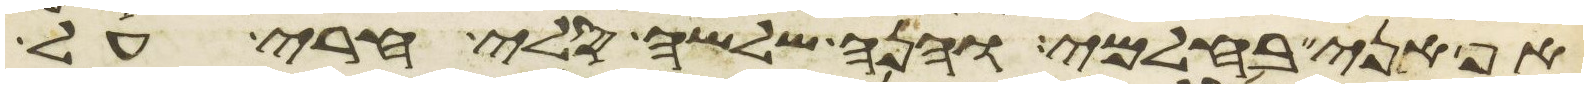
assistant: אף אני בחלמי והנה שלשה סלי חרי על